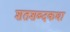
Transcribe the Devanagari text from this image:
शतशब्दकथा